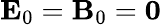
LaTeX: \mathbf{E}_{0}=\mathbf{B}_{0}=\mathbf{0}